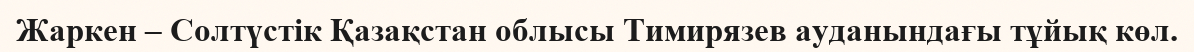
Жаркен – Солтүстік Қазақстан облысы Тимирязев ауданындағы тұйық көл.